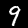
Digit: 9